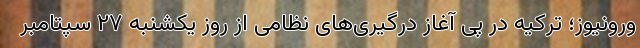
ورونیوز؛ ترکیه در پی آغاز درگیری‌های نظامی از روز یکشنبه ۲۷ سپتامبر